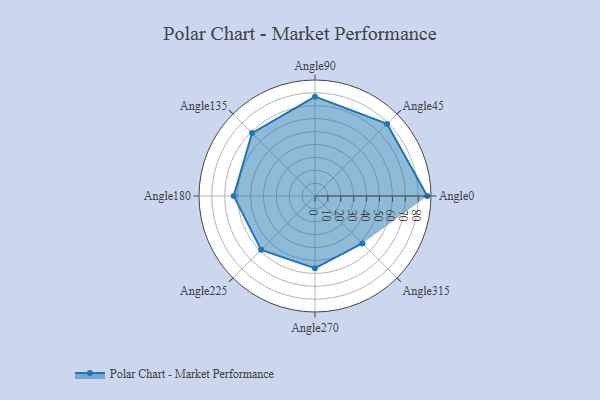
{"axis": {"x": "Angle", "y": "Radius"}, "legend": [""], "data": [{"x": "Angle0", "y": 87.0, "type": ""}, {"x": "Angle45", "y": 79.0, "type": ""}, {"x": "Angle90", "y": 77.0, "type": ""}, {"x": "Angle135", "y": 69.0, "type": ""}, {"x": "Angle180", "y": 63.0, "type": ""}, {"x": "Angle225", "y": 59.0, "type": ""}, {"x": "Angle270", "y": 56.0, "type": ""}, {"x": "Angle315", "y": 52.0, "type": ""}]}